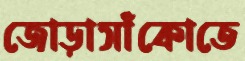
জোড়াসাঁকোতে